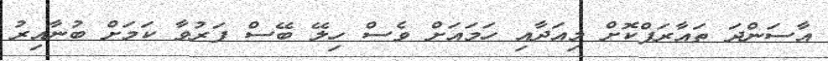
އާސަންދަ ތައާރަފްކޮށް މިއަދާއި ހަމައަށް ވެސް ހިލޭ ބޭސް ފަރުވާ ކަމަށް ބުނާއިރު